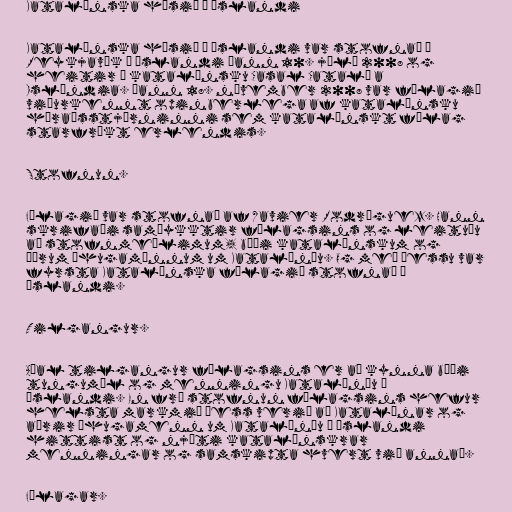
Katalónska húsið á Íslandi

Katalónska húsið á Íslandi var stofnað í
Reykjavík á Íslandi þann 10. júlí 2008 og
heitir á katalónsku Casal Català a
Islàndia. Þann 18. nóvember 2008 var félagið
viðurkennt opinberlega af katalónsku
héraðsstjórninni sem katalónskt félag
starfrækt erlendis.

Stofnun.

Félagið var stofnað af Xavier Rodríguez. Hann
skrifaði samþykktir félagsins og leituðu
að stofnmeðlimum, bæði katalónskum og
öðrum áhugamönnum um Katalóníu. Og með þessu var
fyrsta Katalónska félagið stofnað á
Íslandi.

Tilgangur.

Aðal tilgangur félagsins er að kynna bæði
tungumál og menningu Katalóníu á
Íslandi. En frá stofnun félagsins hefur
helsta markmið þess verið að Katalónar og
aðrir áhugamenn um Katalóníu á Íslandi
hittist og njóti katalónskrar
menningar og samskipta hvert við annað.

Félagar.